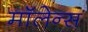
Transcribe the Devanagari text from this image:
मॉलेन्स